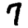
Digit: 7